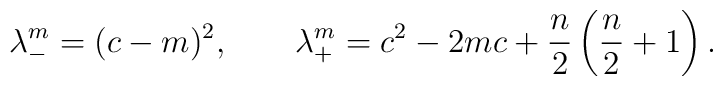
\lambda_-^m = (c-m)^2, \qquad \lambda_+^m = c^2 - 2mc +  {n\over 2} \left({n\over 2}+1 \right).